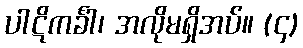
ပါဋိကင်္ခါ၊ အလိုမရှိအပ်။ (၄)